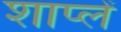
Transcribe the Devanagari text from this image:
शाप्लें